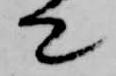
て